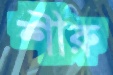
শীরু